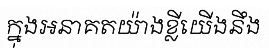
ក្នុងអនាគតយ៉ាងខ្លីយើងនឹង